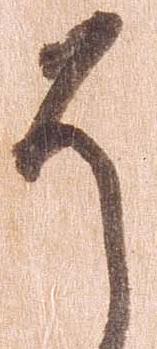
そ